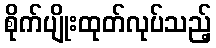
စိုက်ပျိုးထုတ်လုပ်သည့်